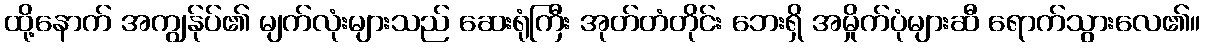
ထို့နောက် အကျွန်ုပ်၏ မျက်လုံးများသည် ဆေးရုံကြီး အုတ်တံတိုင်း ဘေးရှိ အမှိုက်ပုံများဆီ ရောက်သွားလေ၏။